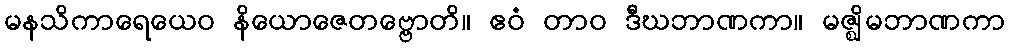
မနသိကာရေယေဝ နိယောဇေတဗ္ဗောတိ။ ဧဝံ တာဝ ဒီဃဘာဏကာ။ မဇ္ဈိမဘာဏကာ